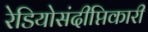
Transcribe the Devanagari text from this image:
रेडियोसंदीप्तिकारी